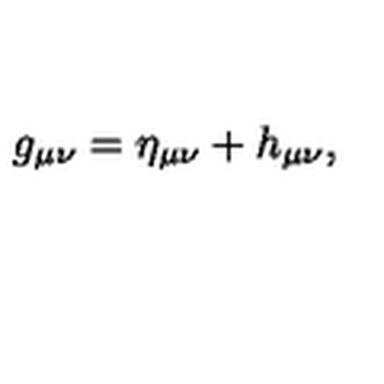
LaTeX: g _ { \mu \nu } = \eta _ { \mu \nu } + h _ { \mu \nu } ,